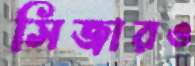
সিজারও